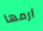
ارمها